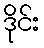
ဒိုင်း